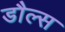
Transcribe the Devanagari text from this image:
डौल्स